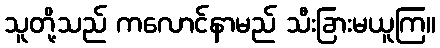
သူတို့သည် ကလောင်နာမည် သီးခြားမယူကြ။